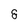
Character: 8